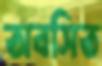
অবসিত